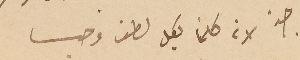
جدً لانه كلمنا بكل لطف وحب